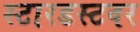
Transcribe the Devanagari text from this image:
स्टारडस्टवर